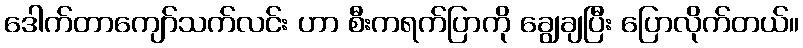
ဒေါက်တာကျော်သက်လင်း ဟာ စီးကရက်ပြာကို ချွေချပြီး ပြောလိုက်တယ်။